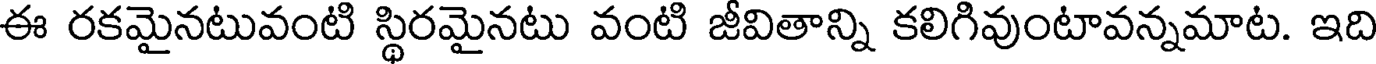
ఈ రకమైనటువంటి స్థిరమైనటు వంటి జీవితాన్ని కలిగివుంటావన్నమాట. ఇది